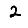
Digit: 2